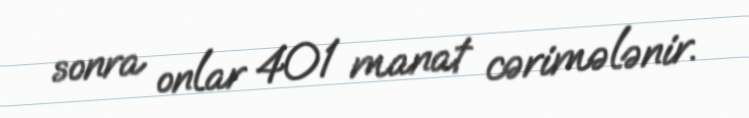
sonra onlar 401 manat cərimələnir.